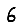
Digit: 6